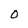
Character: 0